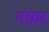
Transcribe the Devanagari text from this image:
गफ़र